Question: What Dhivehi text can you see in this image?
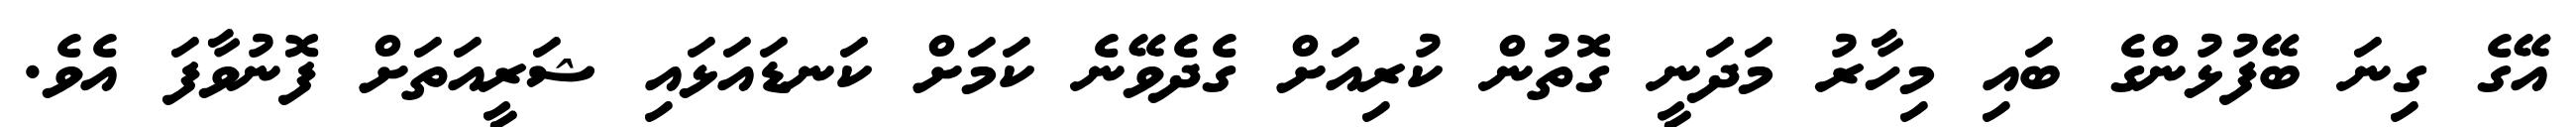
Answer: އޭގެ ގިނަ ބޭފުޅުންގެ ބައި މިހާރު މަދަނީ ގޮތުން ކުރިއަށް ގެދެވޭނެ ކަމަށް ކަނޑައަޅައި ޝަރީއަތަށް ފޮނުވާފަ އެވެ.